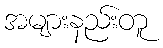
အများနည်းတူ